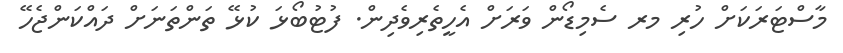
މާސްޓަރަކަށް ހުރި މރ ސެމިޑޯން ވަރަށް އެހީތެރިވެދިން. ފުޓުބޯޅަ ކުޅޭ ތަންތަނަށް ދައްކަންޖެހޭ